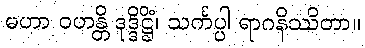
မဟာ ဝဟန္တိ ဒုဒ္ဒိဋ္ဌိံ၊ သင်္ကပ္ပါ ရာဂနိဿိတာ။